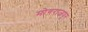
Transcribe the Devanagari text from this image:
मोगराजपुर